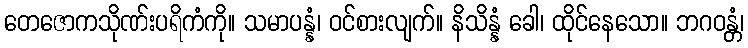
တေဇောကသိုဏ်းပရိကံကို။ သမာပန္နံ၊ ဝင်စားလျက်။ နိသိန္နံ ခေါ၊ ထိုင်နေသော။ ဘဂဝန္တံ၊